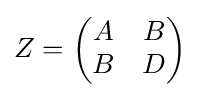
Z={\begin{pmatrix}A&B\\B&D\end{pmatrix}}